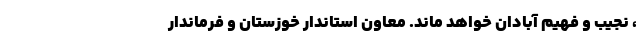
، نجیب و فهیم آبادان خواهد ماند. معاون استاندار خوزستان و فرماندار